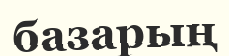
базарың